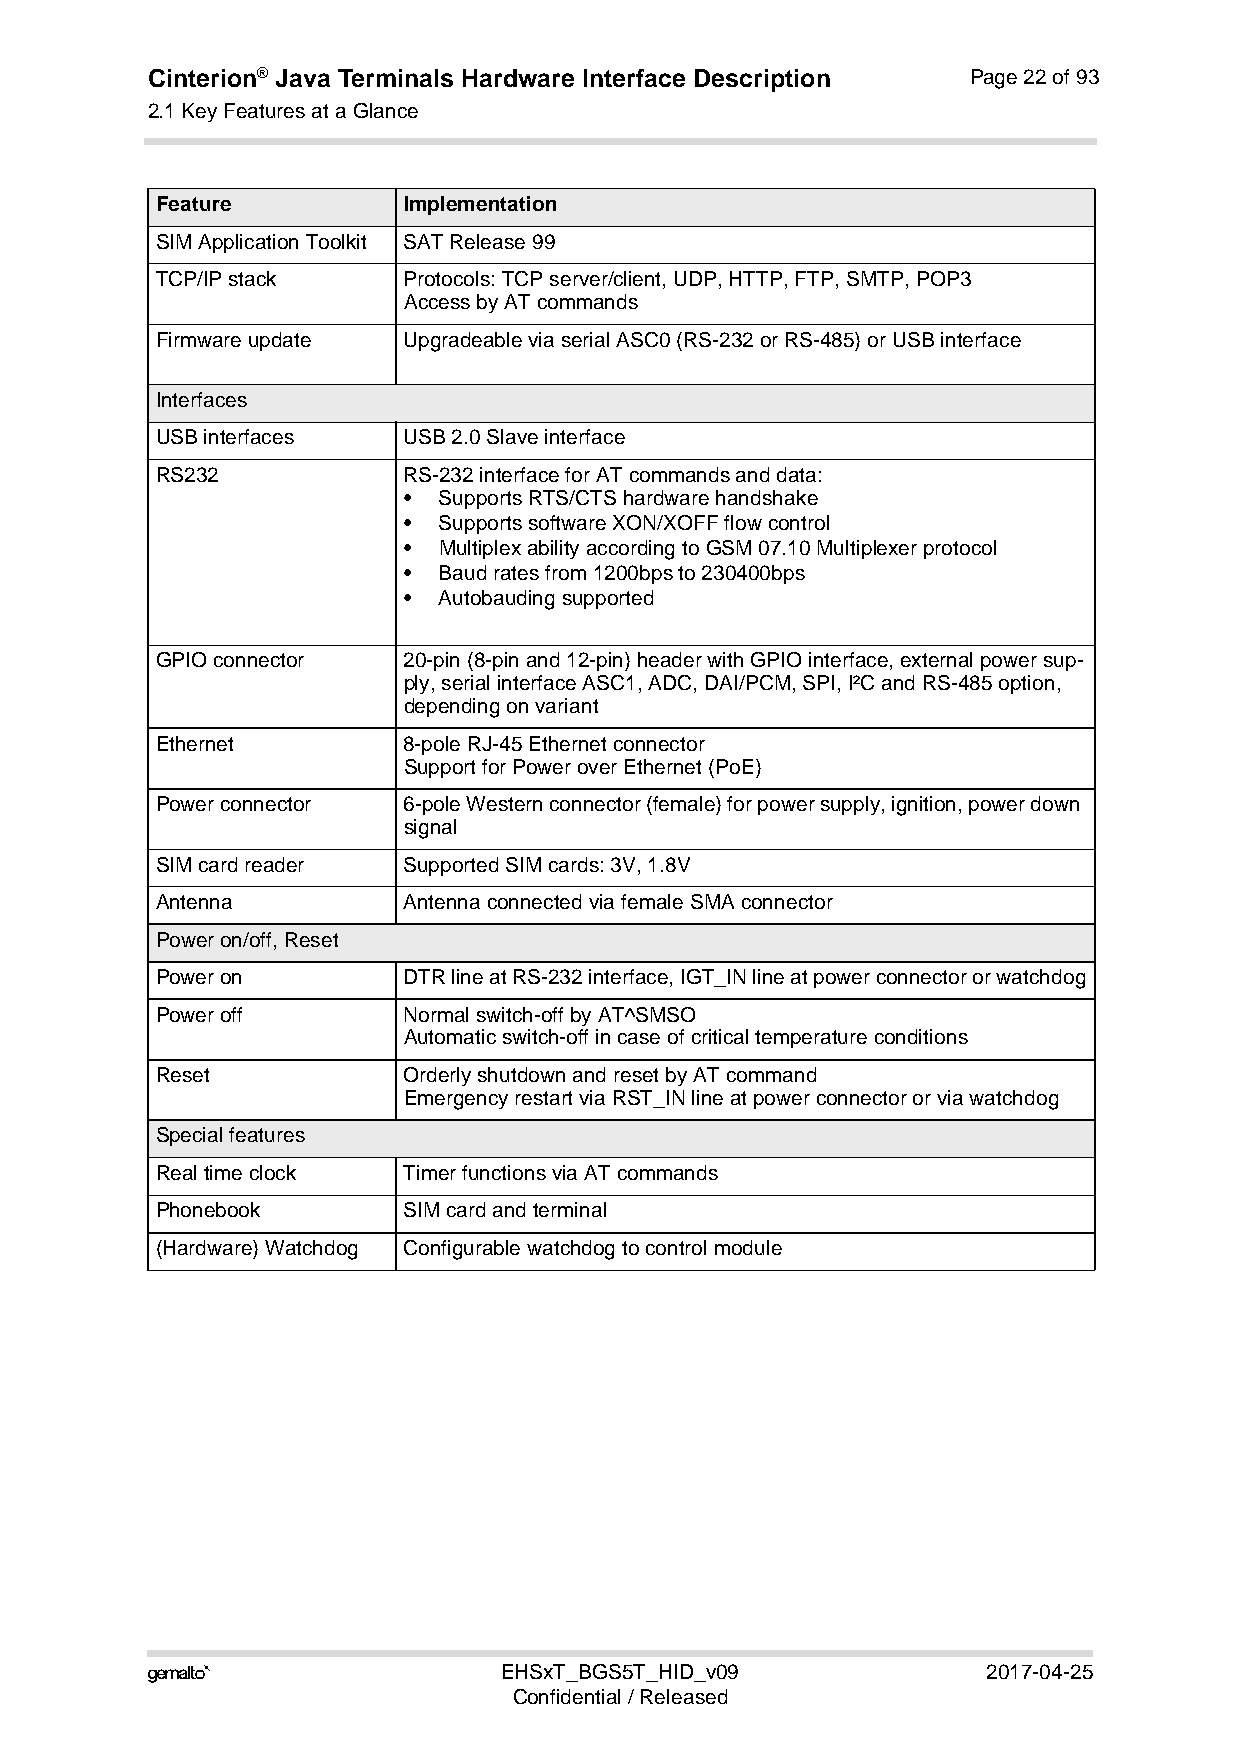
Cinterion® Java Terminals Hardware Interface Description Page 22 of 93
 2.1 Key Features at a Glance
 22
 Feature          Implementation
 SIM Application Toolkit SAT Release 99
 TCP/IP stack     Protocols: TCP server/client, UDP, HTTP, FTP, SMTP, POP3
 Access by AT commands
 Firmware update  Upgradeable via serial ASC0 (RS-232 or RS-485) or USB interface
 Interfaces
 USB interfaces   USB 2.0 Slave interface
 RS232            RS-232 interface for AT commands and data:
 • Supports RTS/CTS hardware handshake
 • Supports software XON/XOFF flow control
 • Multiplex ability according to GSM 07.10 Multiplexer protocol
 • Baud rates from 1200bps to 230400bps
 • Autobauding supported
 GPIO connector   20-pin (8-pin and 12-pin) header with GPIO interface, external power sup-
 ply, serial interface ASC1, ADC, DAI/PCM, SPI, I²C and RS-485 option,
 depending on variant
 Ethernet         8-pole RJ-45 Ethernet connector
 Support for Power over Ethernet (PoE)
 Power connector  6-pole Western connector (female) for power supply, ignition, power down
 signal
 SIM card reader  Supported SIM cards: 3V, 1.8V
 Antenna          Antenna connected via female SMA connector
 Power on/off, Reset
 Power on         DTR line at RS-232 interface, IGT_IN line at power connector or watchdog
 Power off        Normal switch-off by AT^SMSO
 Automatic switch-off in case of critical temperature conditions
 Reset            Orderly shutdown and reset by AT command
 Emergency restart via RST_IN line at power connector or via watchdog
 Special features
 Real time clock  Timer functions via AT commands
 Phonebook        SIM card and terminal
 (Hardware) Watchdog Configurable watchdog to control module
                       EHSxT_BGS5T_HID_v09             2017-04-25
 Confidential / Released